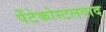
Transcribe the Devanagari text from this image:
पेंटेकोस्टलवाद